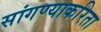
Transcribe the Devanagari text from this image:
सांगण्याकरिता